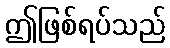
ဤဖြစ်ရပ်သည်